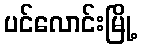
ပင်လောင်းမြို့